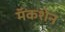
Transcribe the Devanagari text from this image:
मॅकशेन